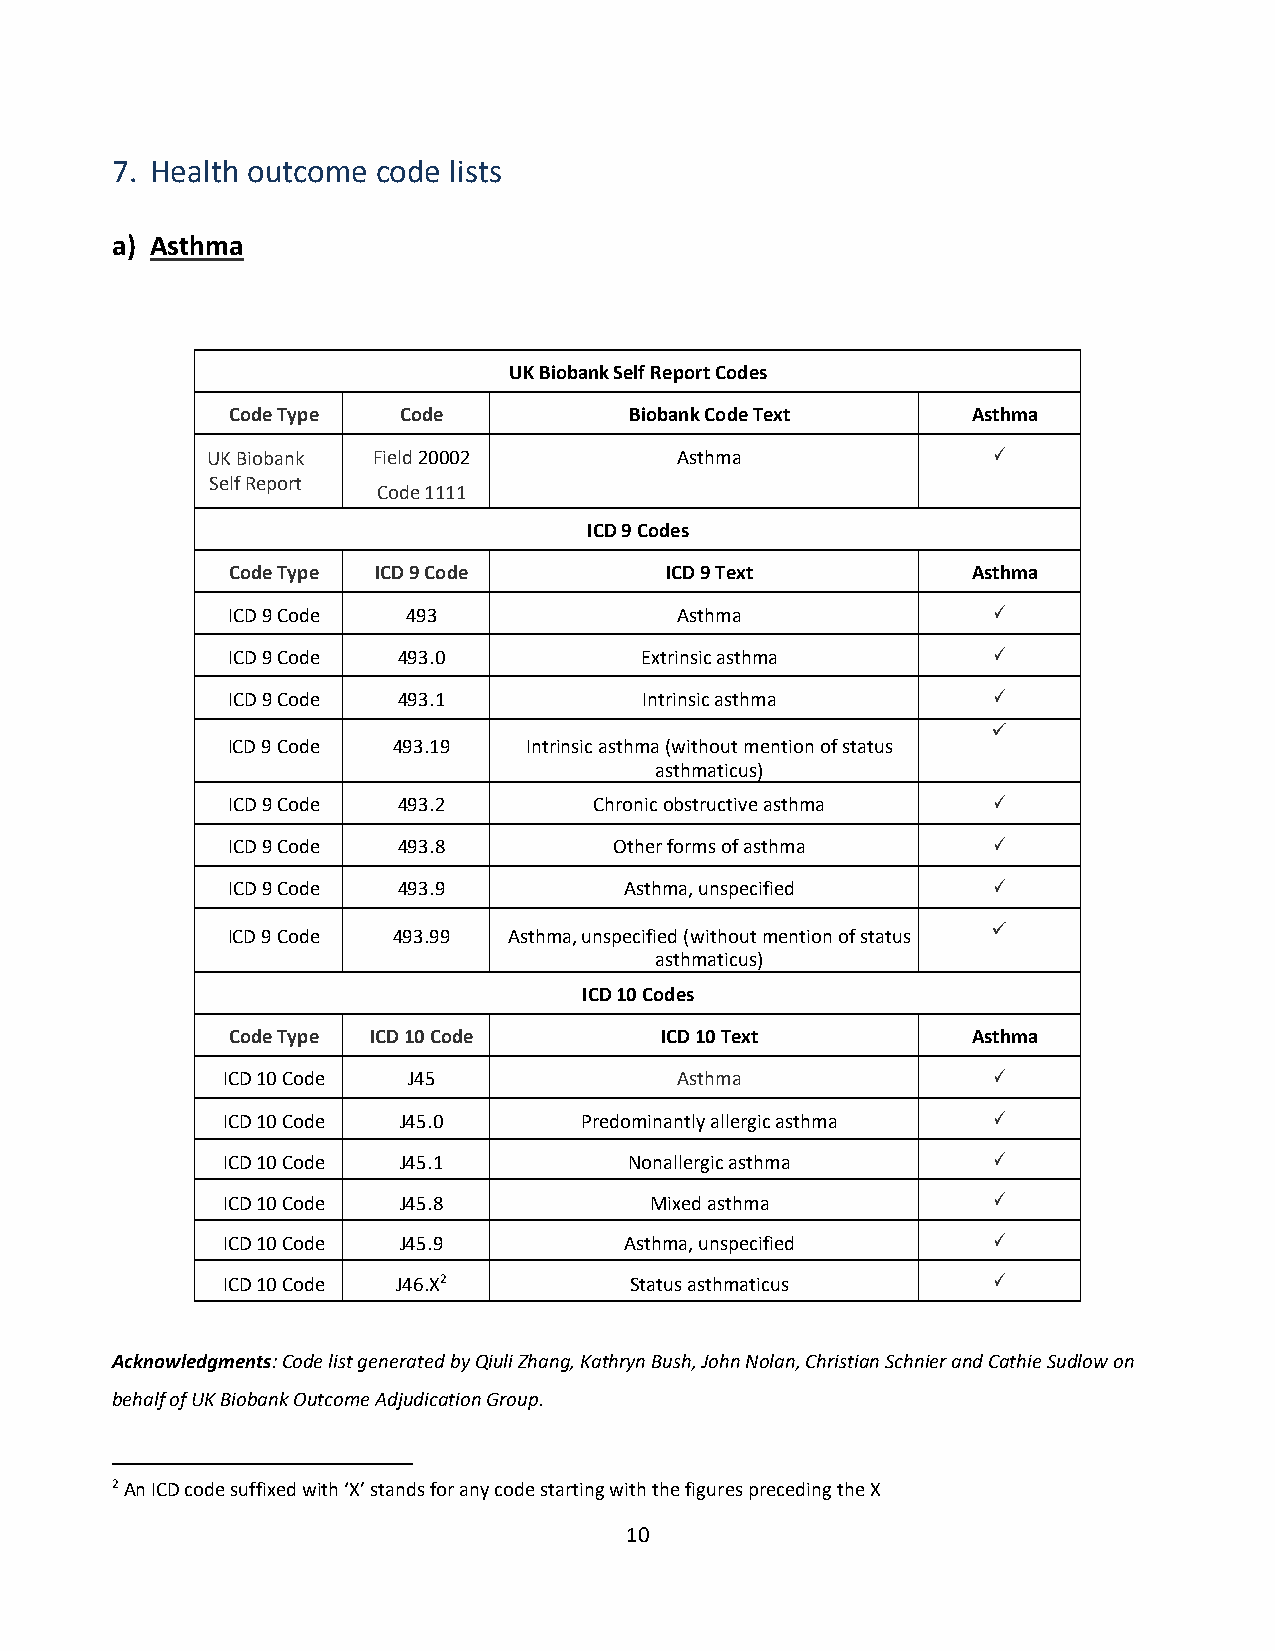
7. Health outcome code lists
 a) Asthma
 UK Biobank Self Report Codes
 Code Type  Code            Biobank Code Text     Asthma
 UK Biobank Field 20002         Asthma               
 Self Report
 Code 1111
 ICD 9 Codes
 Code Type ICD 9 Code         ICD 9 Text          Asthma
 ICD 9 Code  493               Asthma               
 ICD 9 Code 493.0           Extrinsic asthma        
 ICD 9 Code 493.1           Intrinsic asthma        
 
 ICD 9 Code 493.19   Intrinsic asthma (without mention of status
 asthmaticus)
 ICD 9 Code 493.2        Chronic obstructive asthma 
 ICD 9 Code 493.8          Other forms of asthma    
 ICD 9 Code 493.9          Asthma, unspecified      
 
 ICD 9 Code 493.99  Asthma, unspecified (without mention of status
 asthmaticus)
 ICD 10 Codes
 Code Type ICD 10 Code        ICD 10 Text         Asthma
 ICD 10 Code J45               Asthma               
 ICD 10 Code J45.0      Predominantly allergic asthma 
 ICD 10 Code J45.1          Nonallergic asthma      
 ICD 10 Code J45.8           Mixed asthma           
 ICD 10 Code J45.9         Asthma, unspecified      
 ICD 10 Code J46.X2         Status asthmaticus      
 
 
 Acknowledgments: Code list generated by Qiuli Zhang, Kathryn Bush, John Nolan, Christian Schnier and Cathie Sudlow on
 behalf of UK Biobank Outcome Adjudication Group.
 2 An ICD code suffixed with ‘X’ stands for any code starting with the figures preceding the X
 10